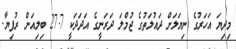
މިދިޔަ އަހަރުގެ ނިޔަލަށް ދައުލަތުގެ ޖުމްލަ ދަރަނީގެ އަދަދަކީ 27.7 ބިލިއަން ރުފިޔާ.